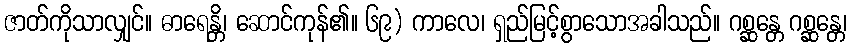
ဇာတ်ကိုသာလျှင်။ ဓာရေန္တိ၊ ဆောင်ကုန်၏။ ၆၉) ကာလေ၊ ရှည်မြင့်စွာသောအခါသည်။ ဂစ္ဆန္တေ ဂစ္ဆန္တေ၊